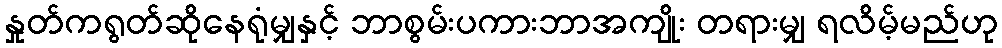
နှုတ်ကရွတ်ဆိုနေရုံမျှနှင့် ဘာစွမ်းပကားဘာအကျိုး တရားမျှ ရလိမ့်မည်ဟု